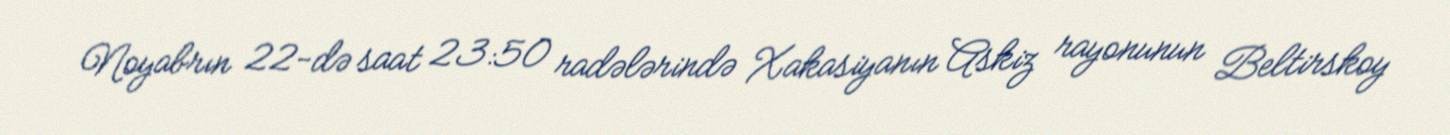
Noyabrın 22-də saat 23:50 radələrində Xakasiyanın Askiz rayonunun Beltirskoy